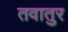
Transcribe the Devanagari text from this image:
तवातुर